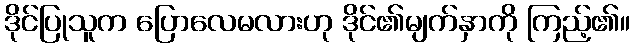
ဒိုင်ပြုသူက ပြောလေမလားဟု ဒိုင်၏မျက်နှာကို ကြည့်၏။